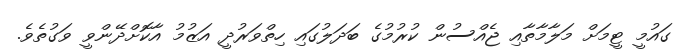
ގައުމީ ޓީމަށް މަލާމާތާއި ޖެއްސުން ކުރުމުގެ ބަދަލުގައި ހިތްވަރުދީ އަޒުމު އާކޮށްދޭންވީ ވަގުތެވެ.